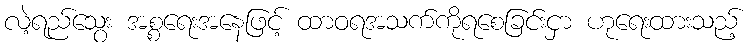
လဲ့ရည်သွေး အစ္စရေးအနေဖြင့် ထာဝရအသက်ကိုရစေခြင်းငှာ ဟုရေးထားသည့်